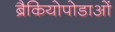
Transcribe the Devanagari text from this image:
ब्रैकियोपोडाओं